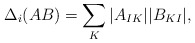
\begin{align*} \Delta_i(AB)=\sum_{K}|A_{IK}||B_{KI}|,\end{align*}